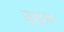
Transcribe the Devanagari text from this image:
सुकुचन